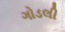
ગોડલી